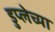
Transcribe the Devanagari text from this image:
डुप्लेच्या